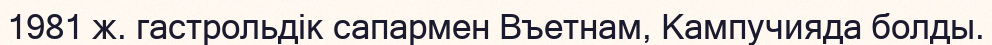
1981 ж. гастрольдік сапармен Въетнам, Кампучияда болды.